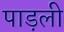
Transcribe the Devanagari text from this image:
पाड़ली